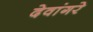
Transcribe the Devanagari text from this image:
देवांगरे